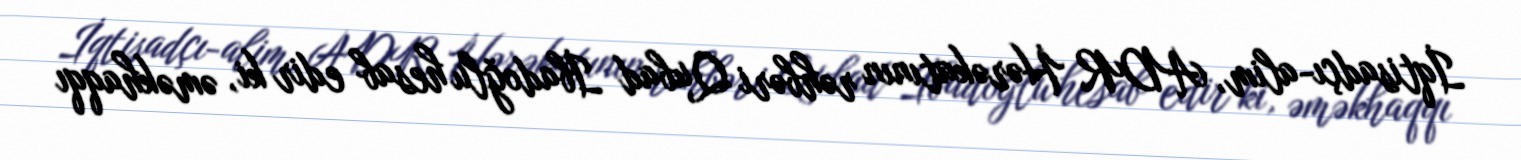
İqtisadçı-alim, ADR Hərəkatının rəhbəri Qubad İbadoğlu hesab edir ki, əməkhaqqı